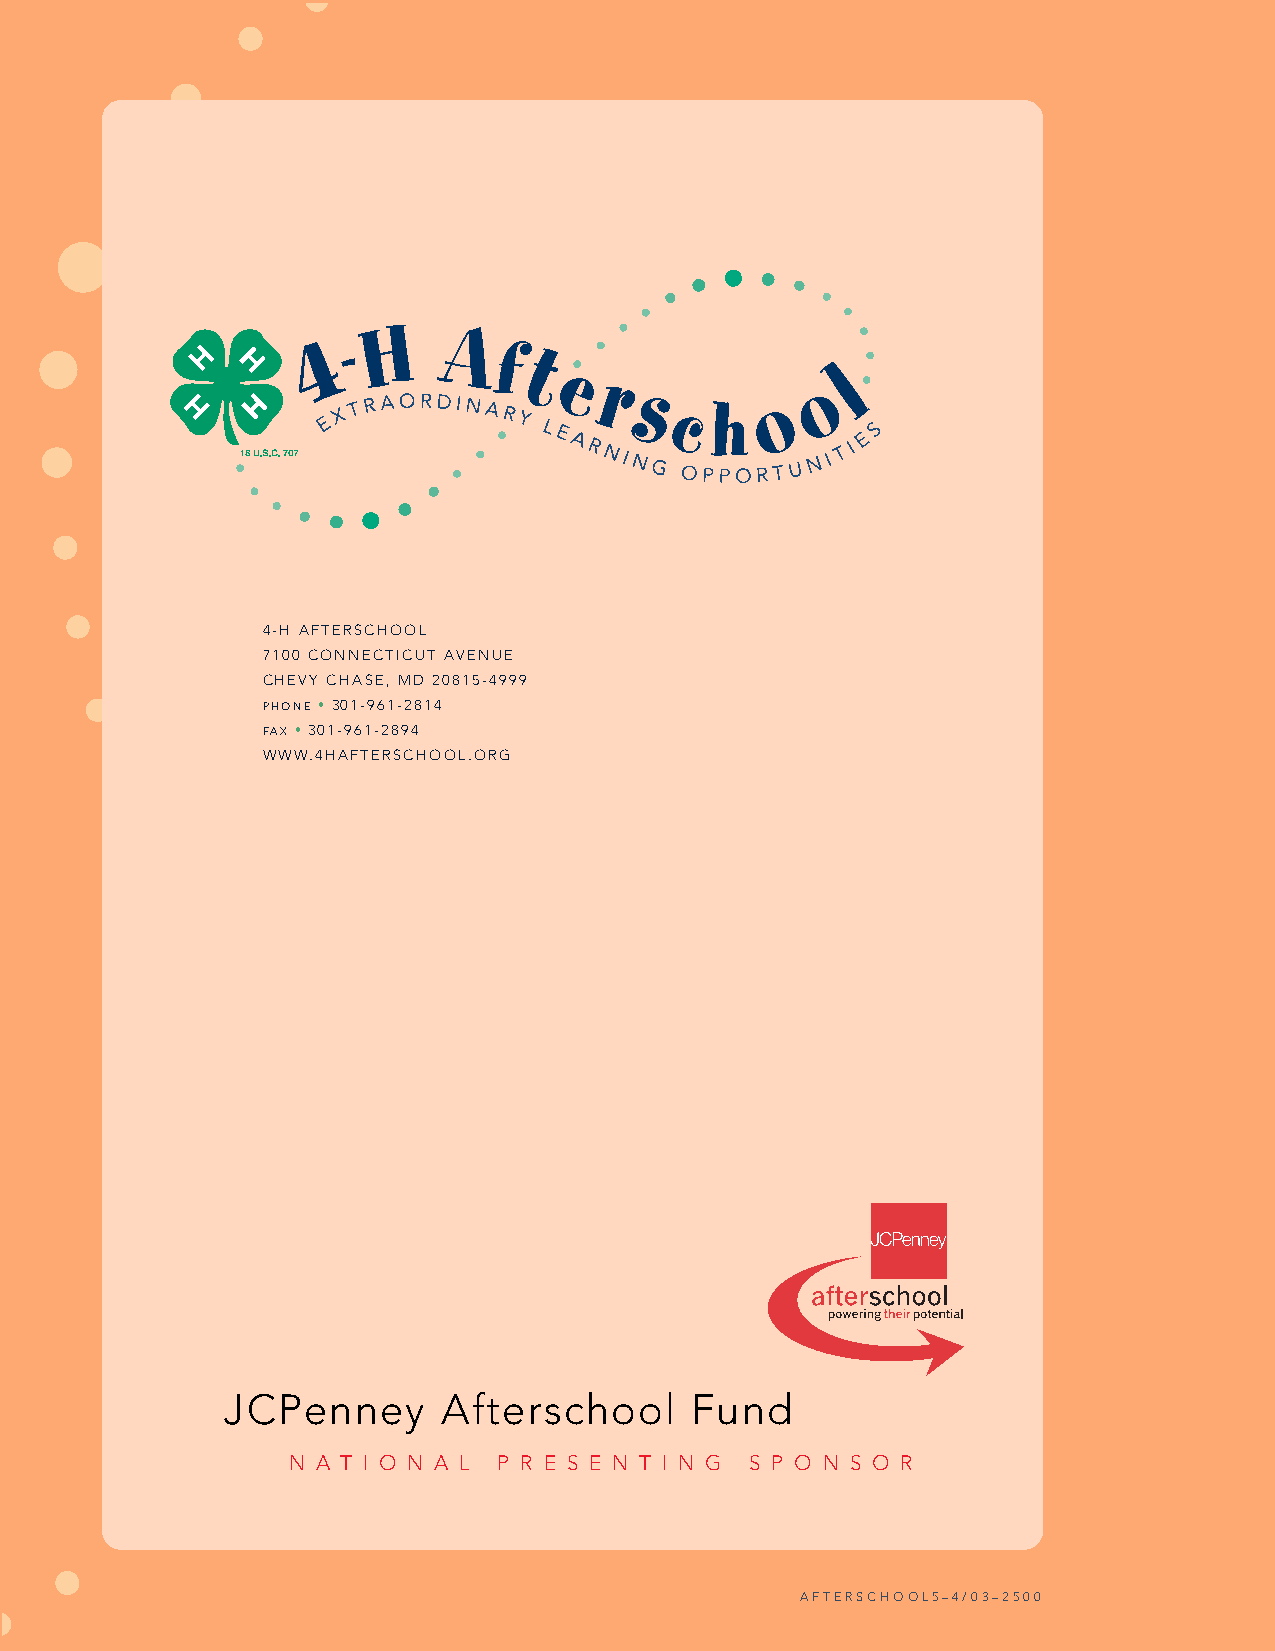
4-H AFTERSCHOOL
 7100 CONNECTICUT AVENUE
 CHEVY CHASE, MD 20815-4999
 PHONE • 301-961-2814
 FAX • 301-961-2894
 WWW.4HAFTERSCHOOL.ORG
 JCPenney      Afterschool      Fund
 N A T I O N A L P R E S E N T I N G S P O N S O R
 AFTERSCHOOL5–4/03–2500